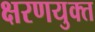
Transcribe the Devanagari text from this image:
क्षरणयुक्त